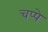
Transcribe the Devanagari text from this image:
चप्पे